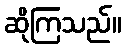
ဆိုကြသည်။